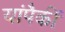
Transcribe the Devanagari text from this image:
यांपैकीं